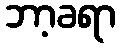
ဘာ့ခရာ